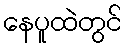
နေပူထဲတွင်